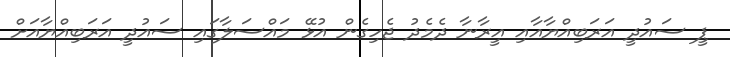
ޕީ ސައުދީ އަރަބިއްޔާއާއި އީރާނާ ދެމެދު ޖެހިގެން އުޅޭ މައްސަލާގައި ސައުދީ އަރަބިއްޔާއަށް